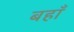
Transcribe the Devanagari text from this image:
बहाँ